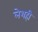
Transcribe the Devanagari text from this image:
लेशही